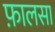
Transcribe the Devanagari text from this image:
फ़ालसा